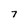
Character: 7